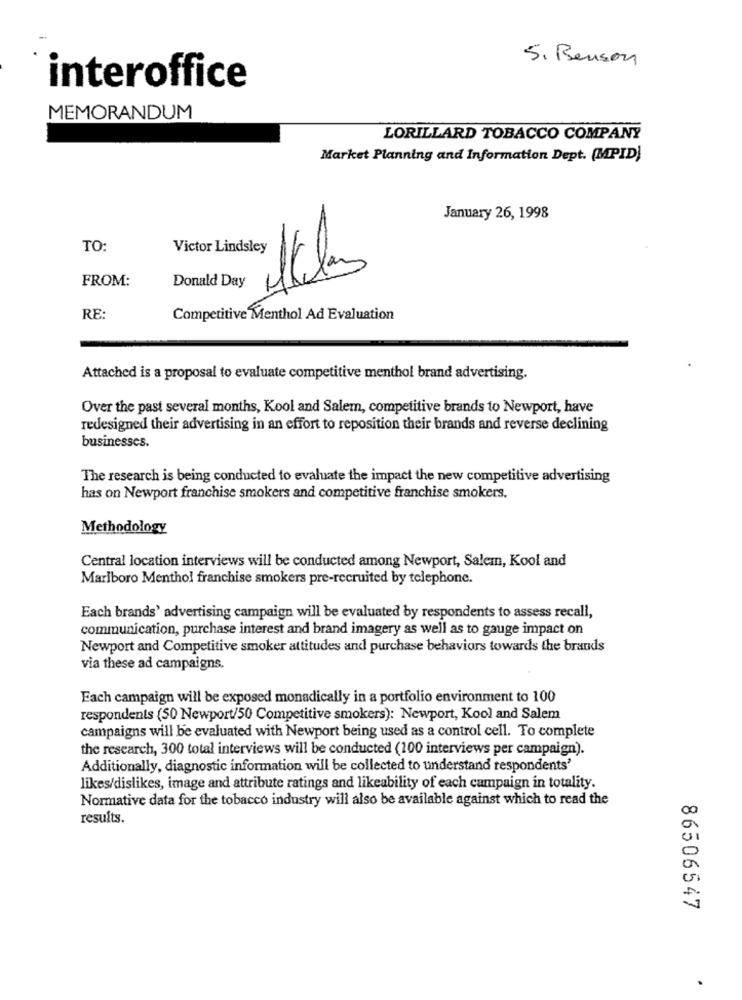
5. Benson
interoffice
MEMORANDUM
LORILLARD TOBACCO COMPANY
Market Planning and Information Dept. (MPID)
January 26, 1998
TO:
Victor Lindsley
FROM:
Donald Day
RE:
Competitive Menthol Ad Evaluation
Attached is a proposal to evaluate competitive menthol brand advertising.
Over the past several months, Kool and Salem, competitive brands to Newport, have
redesigned their advertising in an effort to reposition their brands and reverse declining
businesses.
The research is being conducted to evaluate the impact the new competitive advertising
has on Newport franchise smokers and competitive franchise smokers.
Methodology
Central location interviews will be conducted among Newport, Salem, Kool and
Marlboro Menthol franchise smokers pre-recruited by telephone.
Each brands' advertising campaign will be evaluated by respondents to assess recall,
communication, purchase interest and brand imagery as well as to gauge impact on
Newport and Competitive smoker attitudes and purchase behaviors towards the brands
via these ad campaigns.
Each campaign will be exposed monadically in a portfolio environment to 100
respondents (50 Newport/50 Competitive smokers): Newport, Kool and Salem
campaigns will be evaluated with Newport being used as a control cell. To complete
the research, 300 total interviews will be conducted (100 interviews per campaign).
Additionally, diagnostic information will be collected to understand respondents'
likes/dislikes, image and attribute ratings and likeability of each campaign in totality.
Normative data for the tobacco industry will also be available against which to read the
results.
86506547